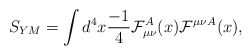
\begin{align*}S_{YM} = \int d^4x {-1 \over 4} {\cal F}_{\mu\nu}^A(x) {\cal F}^{\mu\nu}{}^A(x) ,\end{align*}